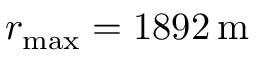
r _ { \mathrm { m a x } } = 1 8 9 2 \, \mathrm { m }